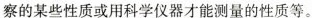
察的某些性质或用科学仪器才能测量的性质等。